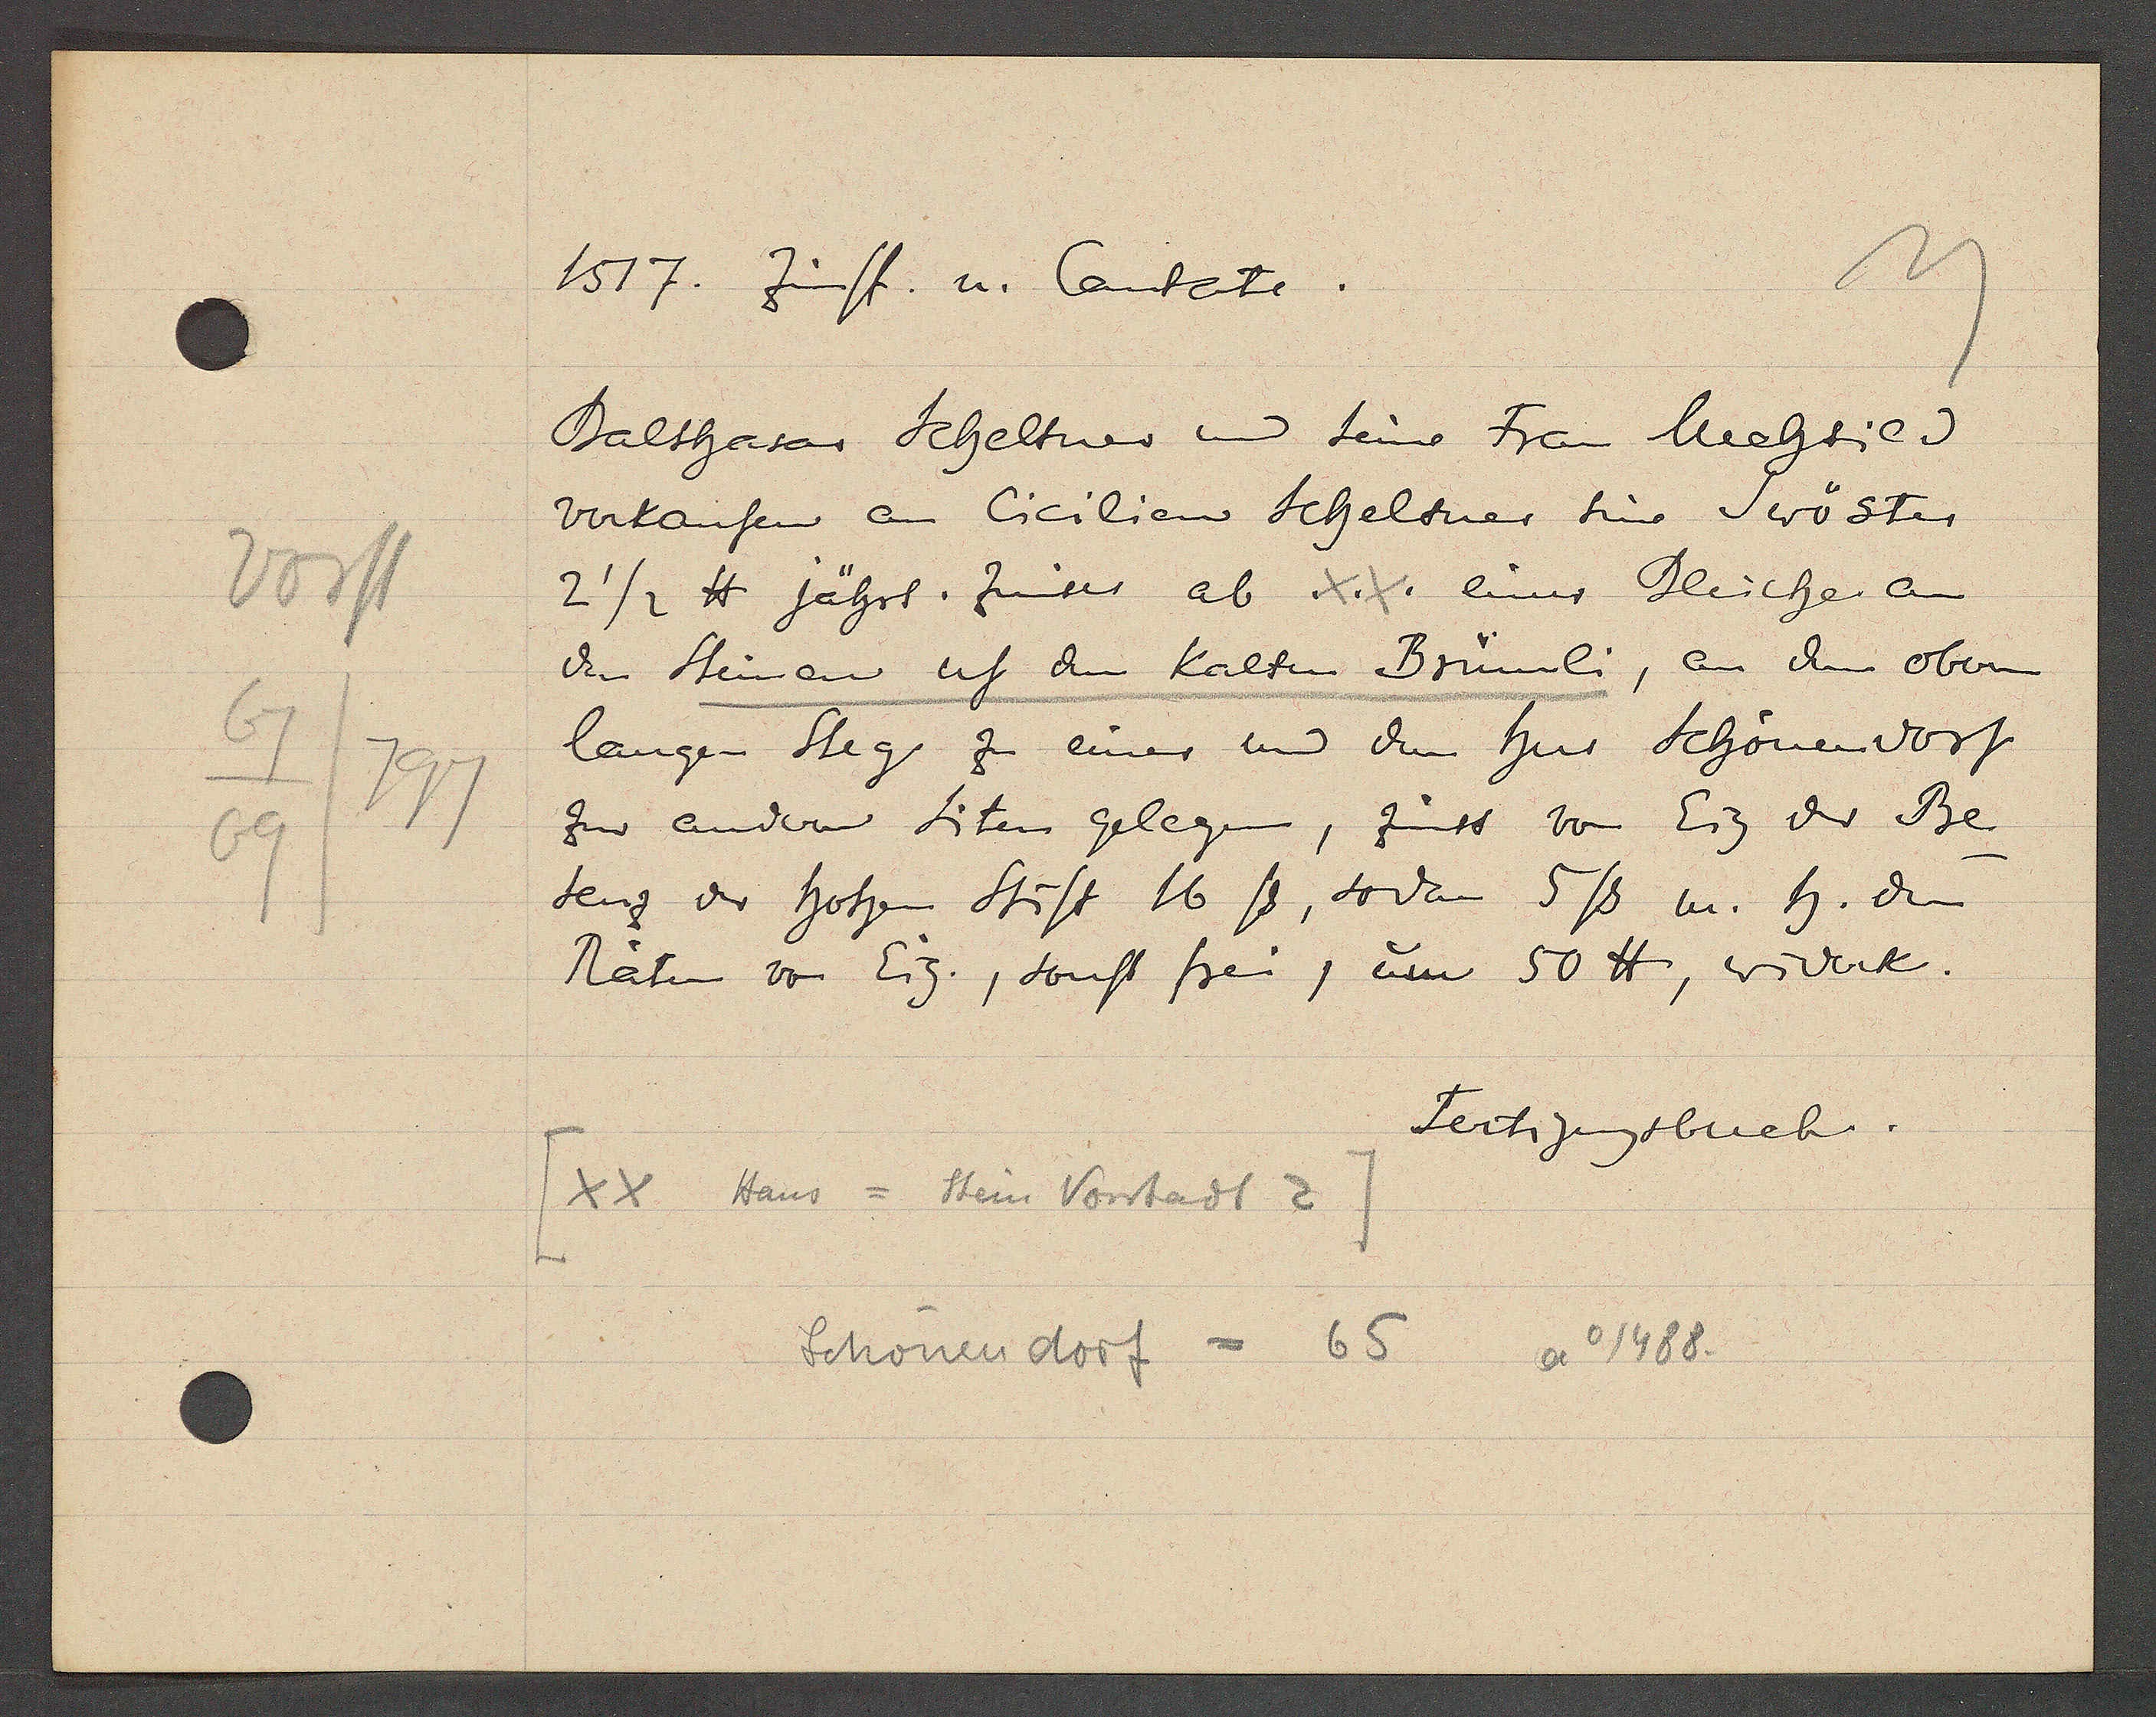
Transcript:
Vorst
67
797
69

1517. Zunft. u. Cantate.

Balthasar Scheltner und seine Frau Mechsied.
verkaufen an Cicilien Scheltner sine Swöster
2 1/2 ℔ jährl. zinses ab .X.X. einer Bleiche an
den Steinen uf den kalten Brunnli, an den obern
langen Steg zu einer und dem hus Schönenvorst
zur andern siten gelegen, zinst von Eig der Be
senz der hohen Stift 16 ß, sodan 5ß u. h. den
Räten von Eig., sonst frei, um 50 ℔, widerk.

[xx Haus = Stein Vorstadt 2]
Schönen dorf = 65
Ao 1488

Fertigungsbuch.